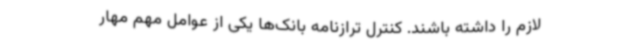
لازم را داشته باشند. کنترل ترازنامه بانک‌ها یکی از عوامل مهم مهار